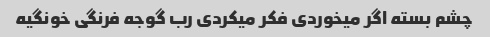
چشم بسته اگر میخوردی فکر میکردی رب گوجه فرنگی خونگیه